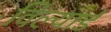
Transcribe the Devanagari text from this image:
विल्यार्ड